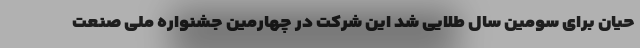
حیان برای سومین سال طلایی شد این شرکت در چهارمین جشنواره ملی صنعت